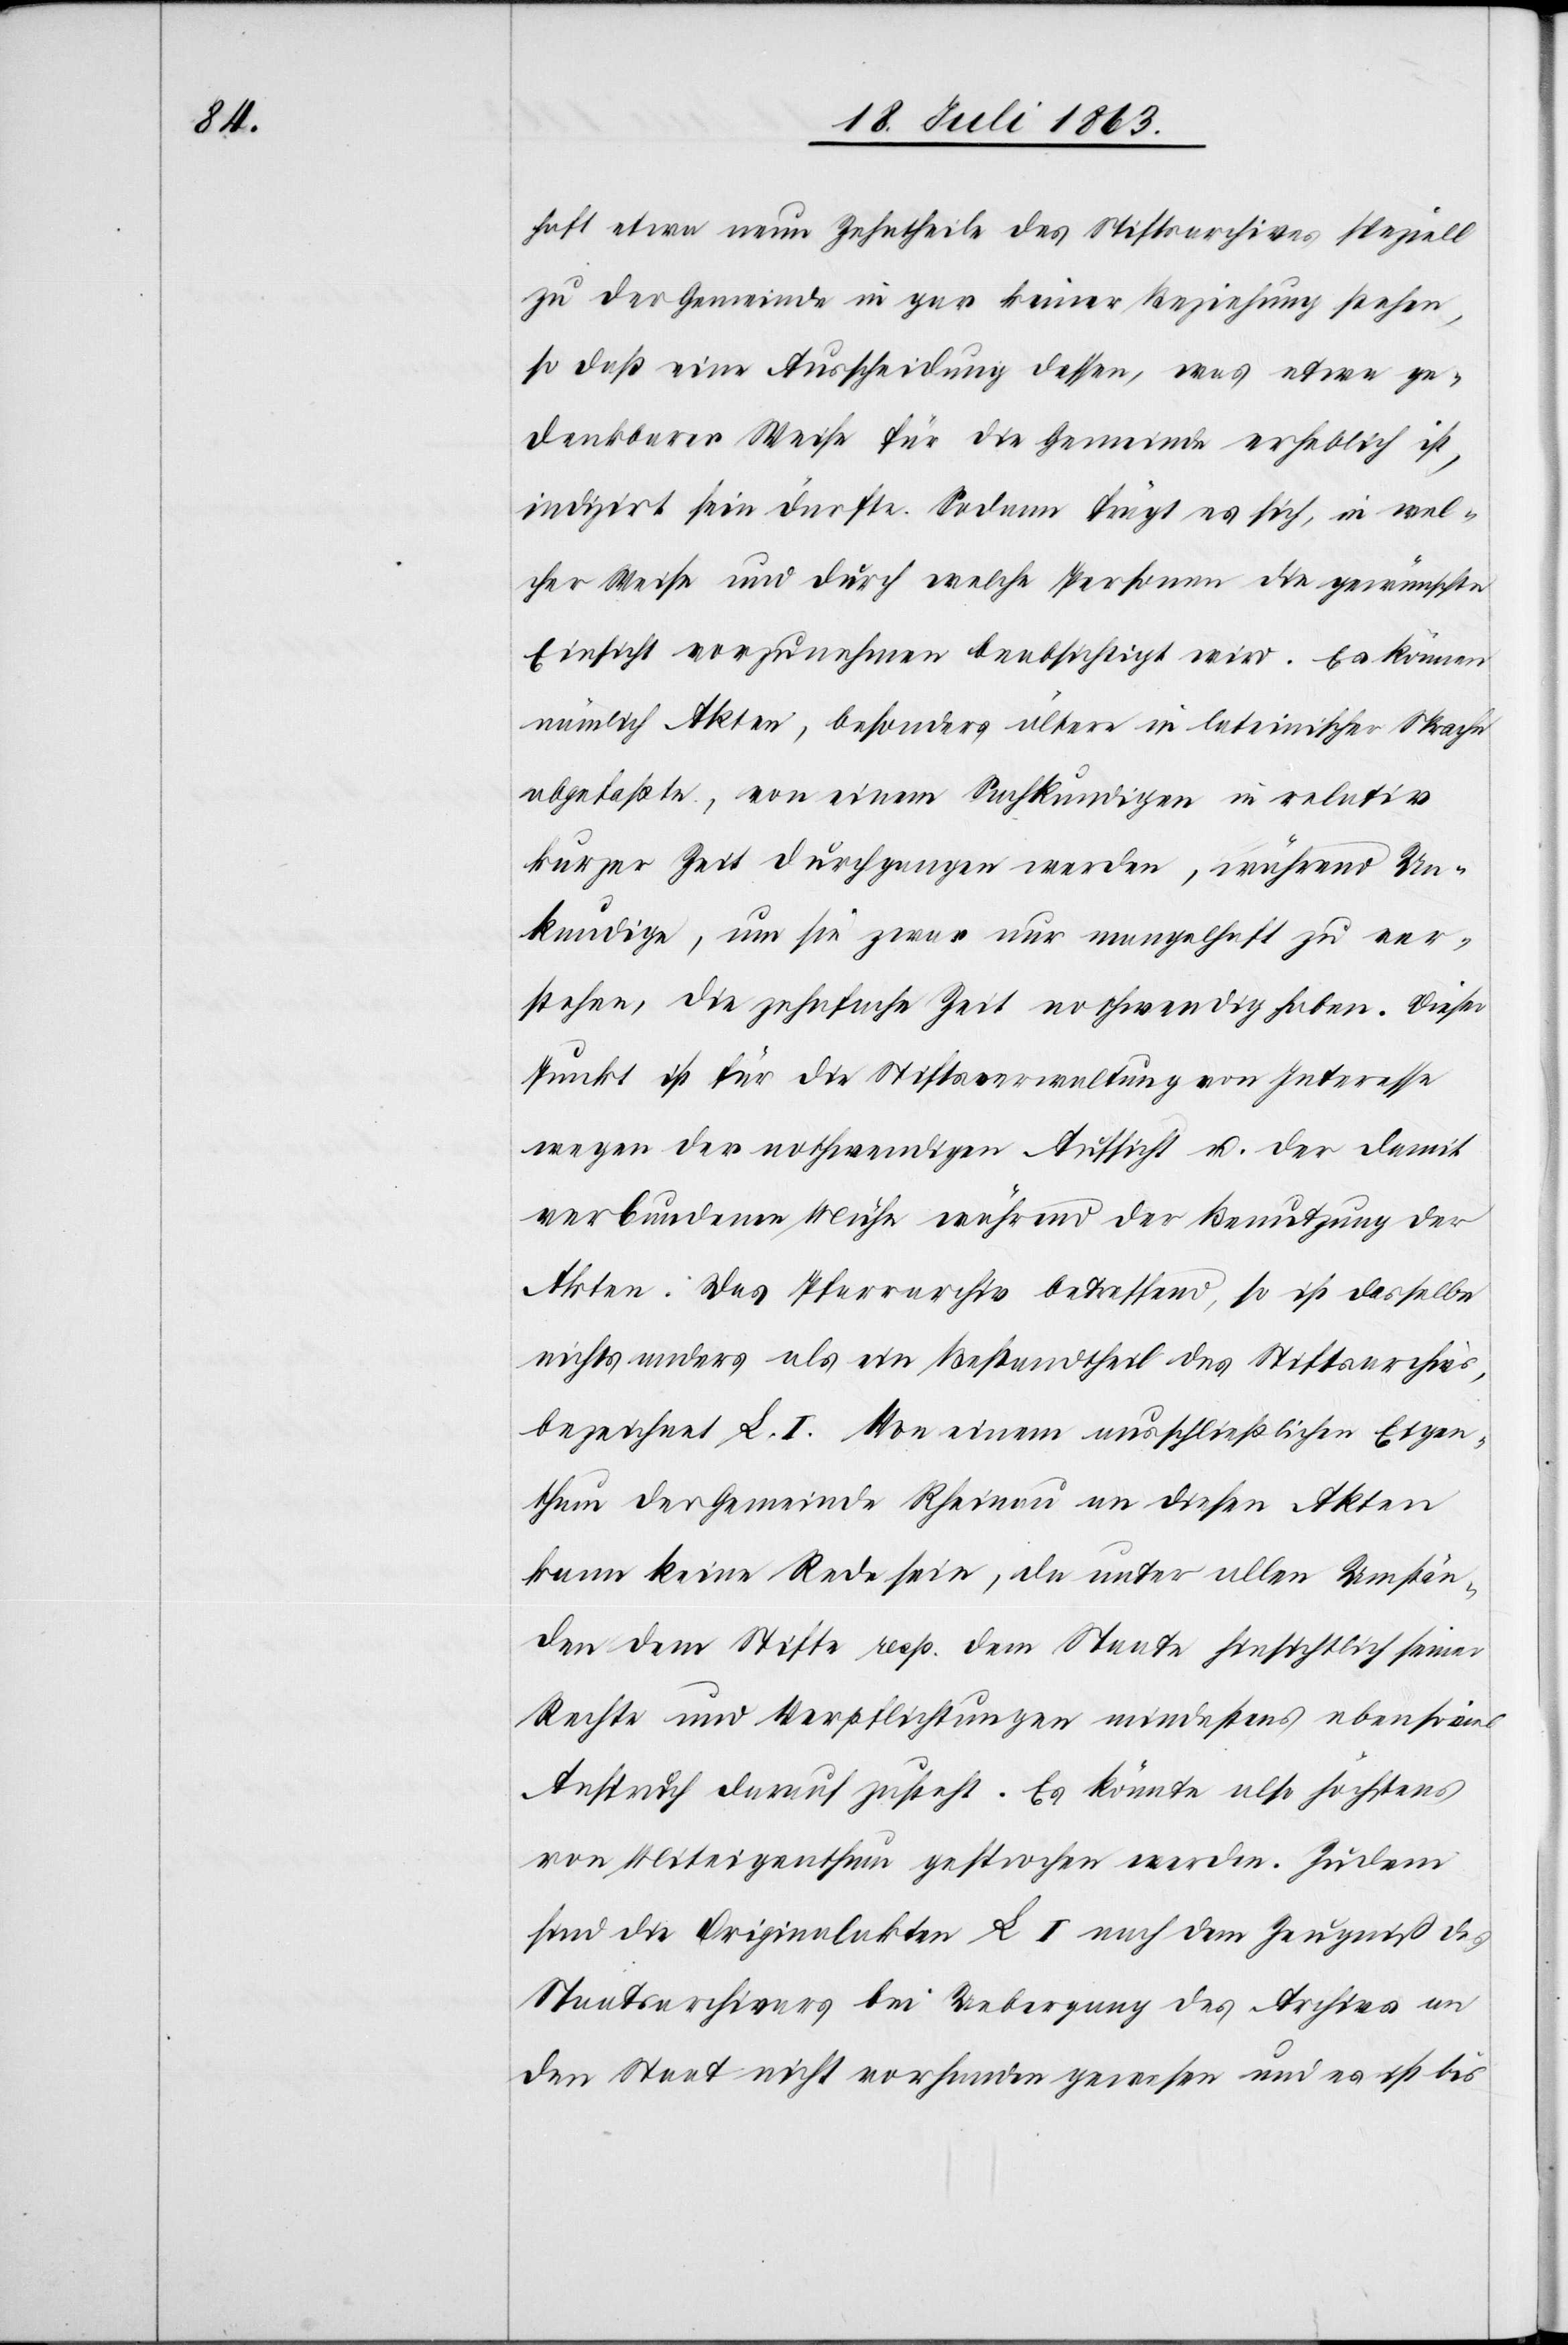
haft etwa neun Zehntheile des Stiftsarchives speziell
zu der Gemeinde in gar keiner Beziehung stehen,
so daß eine Ausscheidung dessen, was etwa ge¬
denkbarer Weise für die Gemeinde erheblich ist,
indizirt sein dürfte. Sodann frägt es sich, in wel¬
cher Weise und durch welche Personen die gewünschte
Einsicht vorzunehmen beabsichtigt wird. Es können
nämlich Akten, besonders ältere in lateinischer Sprache
abgefaßte, von einem Sachkundigen in relativ
kurzer Zeit durchgangen werden, während Un¬
kundige, um sie zwar nur mangelhaft zu ver¬
stehen, die zehnfache Zeit nothwendig haben. Dieser
Punkt ist für die Stiftsverwaltung von Interesse
wegen der nothwendigen Aussicht u. der damit
verbundenen Mühe während der Benutzung der
Akten. Das Pfarrarchiv betreffend, so ist dasselbe
nichts anders als ein Bestandtheil des Stiftsarchivs,
bezeichnet L. I. Von einem ausschließlichen Eigen¬
thum der Gemeinde Rheinau an diesen Akten
kann keine Rede sein, da unter allen Umstän¬
den dem Stifte resp. dem Staate hinsichtlich seiner
Rechte und Verpflichtungen mindestens ebenso
Anspruch darauf zusteht. Es könnte also höchstens
von Miteigenthum gesprochen werden. Zudem
sind die Originalakten L I nach dem Zeugniß des
Staatsarchivars bei Uebergang des Archives an
den Staat nicht vorhanden gewesen und es ist bis